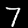
Digit: 7